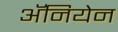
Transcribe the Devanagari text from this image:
अॅनियेन